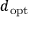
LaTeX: d _ { \mathrm { o p t } }